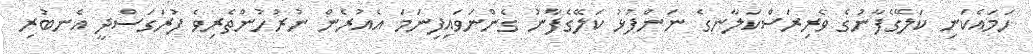
ހަމައެކަނި ކަލޭގެފާނުގެ ވެރިރަސްކަލާނގެ ނަންފުޅު ކަލޭގެފާނު ގެންނަވައިފިނަމަ އެއުރެން ނުރުހުންތެރިވެ ފުރަގަސްދީ އެނބުރި